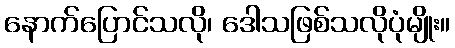
နောက်ပြောင်သလို၊ ဒေါသဖြစ်သလိုပုံမျိုး။